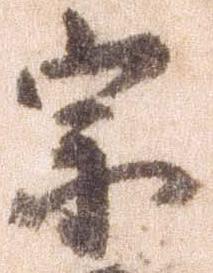
宗